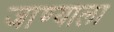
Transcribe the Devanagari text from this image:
जाण्याला